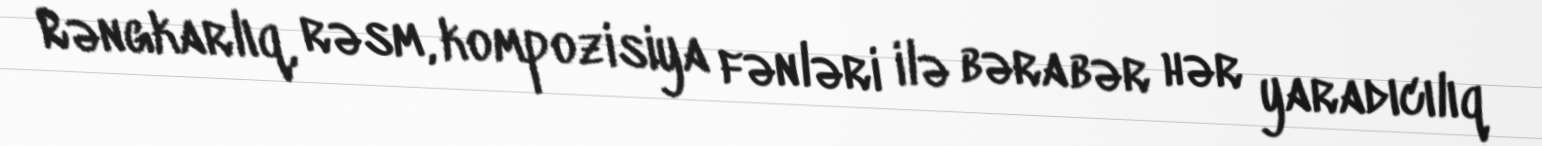
Rəngkarlıq, rəsm, kompozisiya fənləri ilə bərabər hər yaradıcılıq